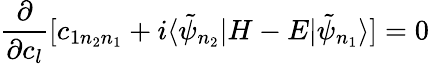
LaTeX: \frac{\partial}{\partial c_{l}}[c_{1n_{2}n_{1}}+i\langle\tilde{\psi}_{n_{2}}|H-E|\tilde{\psi}_{n_{1}}\rangle]=0